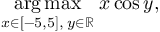
{ \underset { x \in [ - 5 , 5 ] , \; y \in \mathbb { R } } { \operatorname { a r g \, m a x } } } \; x \cos y ,